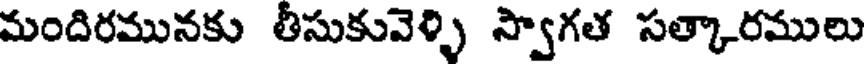
మందిరమునకు తీసుకువెళ్ళి స్వాగత సత్కారములు